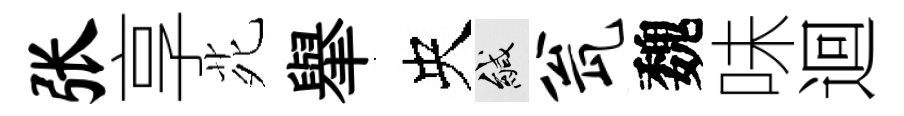
张享𫟍𦦙央緘瓮魏味迴